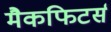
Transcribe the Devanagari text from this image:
मैकफिटर्स